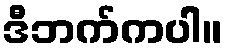
ဒီဘက်ကပါ။